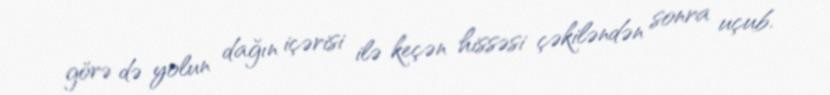
görə də yolun dağın içərisi ilə keçən hissəsi çəkiləndən sonra uçub.